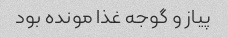
پیاز و گوجه غذا مونده بود